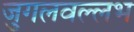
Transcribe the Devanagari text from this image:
जुगलवल्लभ